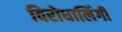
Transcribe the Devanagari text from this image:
विरोधालिंगी